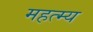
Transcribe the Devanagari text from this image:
महत्म्य